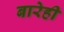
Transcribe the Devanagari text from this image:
बारेही